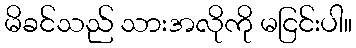
မိခင်သည် သားအလိုကို မငြင်းပါ။